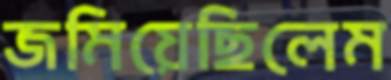
জমিয়েছিলেম